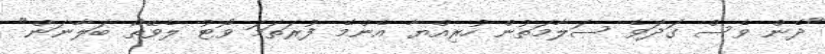
"ދެން ވެސް ގަދަވެ ސަލާމަތުން ހުރިއްޔާ އެންމެ ފުރަތަމަ ވޯޓު ލެވޭތޯ ބަލާނަން"